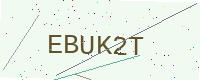
Text: EBUK2T